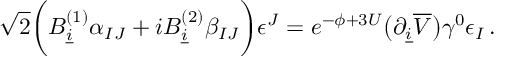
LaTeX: \sqrt 2 \biggl ( B _ { \underline { { i } } } ^ { ( 1 ) } \alpha _ { I J } + i B _ { \underline { { i } } } ^ { ( 2 ) } \beta _ { I J } \biggr ) \epsilon ^ { J } = e ^ { - \phi + 3 U } \bigl ( \partial _ { \underline { { i } } } \overline { { V } } \bigr ) \gamma ^ { 0 } \epsilon _ { I } \, .